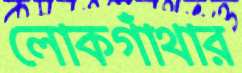
লোকগাঁথার